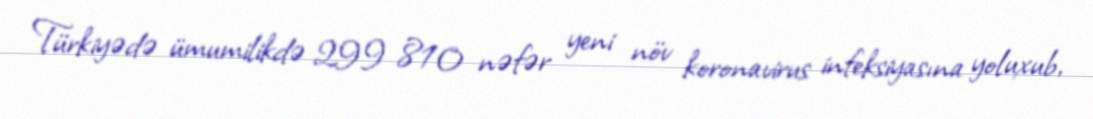
Türkiyədə ümumilikdə 299 810 nəfər yeni növ koronavirus infeksiyasına yoluxub,